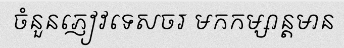
ចំនួនភ្ញៀវទេសចរ មកកម្សាន្តមាន